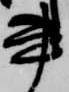
書